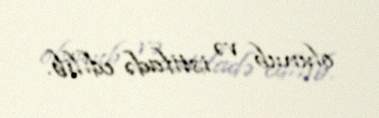
olunub və istifadə edilib.